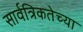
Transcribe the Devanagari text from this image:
सार्वत्रिकतेच्या